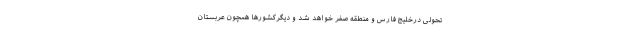
تحولی درخلیج فارس و منطقه صفر خواهد شد و دیگرکشورها همچون عربستان